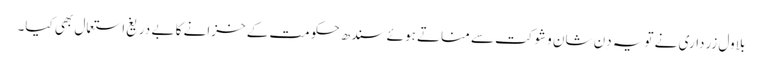
بلاول زرداری نے تویہ دِن شان وشوکت سے مناتے ہوئے سندھ حکومت کے خزانے کا بے دریغ استعمال بھی کیا۔